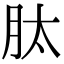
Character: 肽